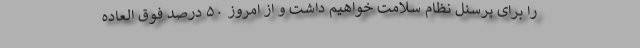
را برای پرسنل نظام سلامت خواهیم داشت و از امروز ۵۰ درصد فوق العاده